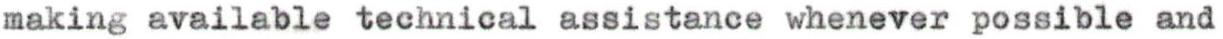
making available technical assistance whenever possible and